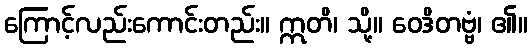
ကြောင့်လည်းကောင်းတည်း။ ဣတိ၊ သို့။ ဝေဒိတဗ္ဗံ၊ ၏။